Annual report on the working of the mental hospitals in the Madras Presidency - 1912-1932
Year: 1912
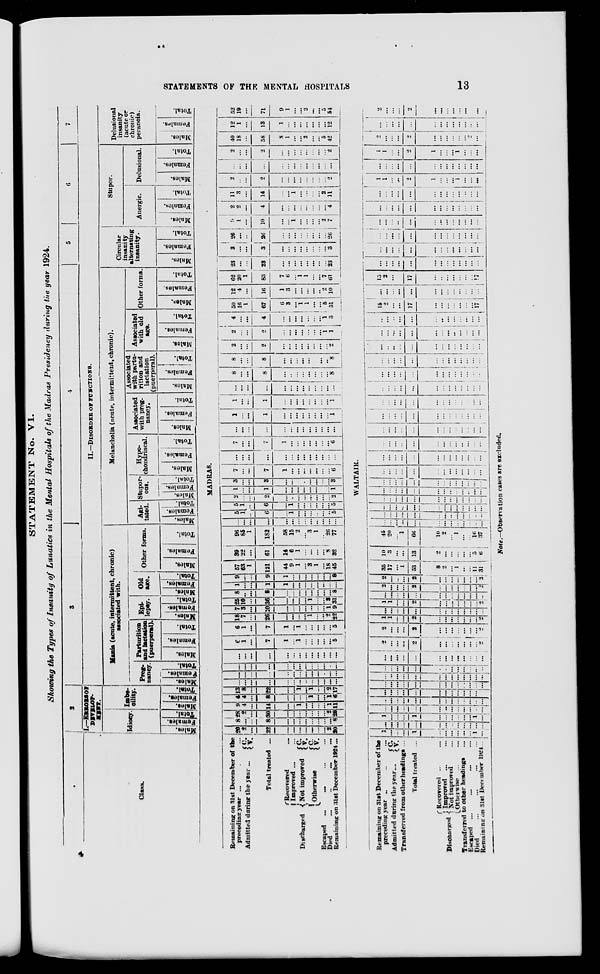
STATEMENTS OF THE MENTAL HOSPITALS
13
STATEMENT No. VI.
Showing the Types of Insanity of Lunatics in the Mental Hospitals of the Madras Presidency during the year 1924.
1
Class.
2
I.—ERRORS OF
DEVELOP-
MENT.
Idiocy.
Males.
Females.
Total.
Imbe-
cility.
Males.
Females.
Total.
3
4
5
6
7
II.—DISORDER OF FUNCTIONS.
Mania (acute, intermittent, chronic)
associated with.
Preg-
nancy.
Males.
Females.
Total.
Parturition
and lactation
(puerperal).
Males.
Females.
Total.
Epi-
lepsy.
Males.
Females.
Total.
Old
age.
Males.
Females.
Total.
Other forms.
Males.
Females.
Total.
Melancholia (acute, intermittent, chronic).
Agi-
tated.
Males.
Females.
Total.
Stupor-
ous.
Males.
Females.
Total.
Hypo-
chondriacal.
Males.
Females.
Total.
Associated
with preg-
nancy.
Males.
Females.
Total.
Associated
with partu-
rition and
lactation
(puerperal).
Males.
Females.
Total.
Associated
with old
age.
Males.
Females.
Total.
Other forms.
Males.
Females.
Total.
Circular
insanity
alternating
insanity.
Males.
Females.
Total.
Stupor.
Anergic.
Males.
Females.
Total.
Delusional.
Males.
Females.
Total.
Delusional
insanity
(acute or
chronic)
peranoia.
Males.
Females.
Total.
MADRAS.
Remaining on 31st December of the
preceding year ...
Admitted during the year ...
C.
V.
Total treated ...
Discharged
Recovered ...
Improved ... ...
Not improved
Otherwise
C.
V.
C.
V.
Escaped ... ... ... ...
Died
...
...
...
...
Remaining on 31st December 1924 ...
20
2
...
22
...
...
...
...
...
...
...
2
20
8
...
...
8
...
...
...
...
...
...
...
...
8
28
2
...
30
...
...
...
...
...
...
...
2
28
9
4
...
14
...
...
1
...
...
...
...
1
11
4
4
...
8
...
...
...
...
1
...
...
1
6
13
8
...
22
...
...
1
...
1
...
...
2
17
...
...
...
...
...
...
...
...
...
...
...
...
...
...
...
...
...
...
...
...
...
...
...
...
...
...
...
...
...
...
...
...
...
...
...
...
...
...
...
...
...
...
...
...
...
...
...
...
...
...
...
...
6
1
...
7
1
...
1
...
...
...
...
...
5
6
1
...
7
1
...
1
...
...
...
...
...
5
18
7
...
26
...
...
...
...
1
...
...
2
22
7
3
...
10
...
...
...
...
...
...
...
1
9
25
10
...
36
...
...
...
...
1
...
...
3
31
8
...
...
8
...
...
...
...
...
...
...
...
8
1
...
...
1
1
...
...
...
...
...
...
...
...
9
...
...
9
1
...
...
...
...
...
...
...
8
57
63
1
121
44
9
1
...
3
1
...
18
45
39
22
...
61
14
6
1
...
...
...
...
8
32
96
85
1
182
58
15
2
...
3
1
...
26
77
...
...
...
...
...
...
...
...
...
...
...
...
...
5
1
...
6
...
1
...
...
...
...
...
...
5
5
1
...
6
...
1
...
...
...
...
...
...
5
2
...
...
2
...
...
...
...
...
...
...
...
2
1
...
...
1
...
...
...
...
...
...
...
...
1
3
...
...
3
...
...
...
...
...
...
...
...
3
7
...
...
7
1
...
...
...
...
... ...
...
6
...
...
...
...
...
...
...
...
...
...
...
...
...
7
...
...
7
1
...
...
...
...
...
...
...
6
...
...
...
...
...
...
...
...
...
...
...
...
...
1
...
...
1
...
...
...
...
...
...
...
...
1
1
...
...
1
...
...
...
...
...
...
...
...
1
...
...
...
...
...
...
...
...
...
...
...
...
...
8
...
...
8
...
...
...
...
...
...
...
...
8
8
...
...
8
...
...
...
...
...
...
...
...
8
2
...
...
2
...
...
...
...
...
...
...
...
2
2
...
...
2
...
...
...
...
...
...
...
1
1
4
...
...
4
...
...
...
...
...
...
...
1
3
50
16
1
67
6
3
...
1
1
...
...
5
51
12
4
...
16
1
3
...
...
...
...
...
2
10
62
20
1
83
7
6
...
1
1
...
...
7
61
23
...
...
23
...
...
...
...
...
...
...
...
23
3
...
...
3
...
...
...
...
...
...
...
...
3
26
...
...
26
...
...
...
...
...
...
...
...
26
9
1
...
10
...
...
1
...
...
...
...
2
7
2
2
...
4
...
...
...
...
...
...
...
...
4
11
3
...
14
...
...
1
...
...
...
...
2
11
2
...
...
2
...
...
...
...
...
...
...
...
2
...
...
...
...
...
...
...
...
...
...
...
...
...
2
...
...
2
...
...
...
...
...
...
...
...
2
40
18
...
58
8
1
...
...
2
...
...
5
42
12
1
...
13
1
...
...
...
...
...
...
...
12
52
19
...
71
9
1
...
...
2
...
...
5
54
WALTAIR.
Remaining on 31st December of the
preceding year ... ... ...
Admitted during the year
... C.
V.
Transferred from other headings ...
Total treated ...
Discharged
Recovered ... ...
Improved ... ...
Not improved ...
Otherwise ... ...
Transferred to other headings ...
Escaped ... ... ... ...
Died
...
...
...
...
Remaining on 31st December 1924...
1
...
...
...
1
...
...
...
...
...
...
1
...
...
...
...
...
...
...
...
...
...
...
...
...
...
1
...
...
...
1
...
...
...
...
...
...
1
...
...
...
...
...
...
...
...
...
...
...
...
...
...
...
...
...
...
...
...
...
...
...
...
...
...
...
...
...
...
...
...
...
...
...
...
...
...
...
...
...
...
...
...
...
...
...
...
...
...
...
...
...
...
...
...
...
...
...
...
...
...
...
...
...
...
...
...
...
...
...
...
...
...
...
...
...
...
...
...
...
...
...
...
...
...
...
...
...
...
...
...
2
...
...
...
2
...
...
...
...
...
...
...
2
2
...
...
...
2
...
...
...
...
...
...
...
2
1
1
...
...
2
...
...
...
...
...
...
...
2
...
...
...
...
...
...
...
...
...
...
...
...
...
1
1
...
...
2
...
...
...
...
...
...
...
2
...
...
...
...
...
...
...
...
...
...
...
...
...
2
...
...
...
2
...
...
...
...
...
...
...
2
2
...
...
...
2
...
...
...
...
...
...
...
2
35
17
...
1
53
8
2
...
1
...
...
11
31
10
3
...
...
13
2
...
...
...
...
...
5
6
45
20
...
1
66
10
2
...
1
...
...
16
37
...
...
...
...
...
...
...
...
...
...
...
...
...
...
...
...
...
...
...
...
...
...
...
...
...
...
...
...
...
...
...
...
...
...
...
...
...
...
...
...
...
...
...
...
...
...
...
...
...
...
...
...
...
...
...
...
...
...
...
...
...
...
...
...
...
...
...
...
...
...
...
...
...
...
...
...
...
...
...
...
...
...
...
...
...
...
...
...
...
...
...
...
...
...
...
...
...
...
...
...
...
...
...
...
...
...
...
...
...
...
...
...
...
...
...
...
...
...
...
...
...
...
...
...
...
...
...
...
...
...
...
...
...
...
...
...
...
...
...
...
...
...
...
...
...
...
...
...
...
...
...
...
...
...
...
...
...
...
...
...
...
...
...
...
...
...
...
...
...
...
...
...
...
...
...
...
...
...
...
...
...
...
...
... ...
...
...
...
...
...
...
...
...
...
...
...
...
...
...
...
...
...
...
...
...
...
...
...
...
...
...
...
...
...
...
...
...
...
...
...
...
...
...
...
...
...
...
...
...
...
...
...
...
...
15
2
...
...
17
...
...
...
...
...
...
...
17
...
...
...
...
...
...
...
...
...
...
...
...
...
15
2
...
...
17
...
..
...
...
...
...
...
17
...
...
...
...
...
...
...
...
...
...
...
...
...
...
... ...
...
...
...
...
...
...
...
...
...
...
...
...
...
...
...
...
...
...
...
...
...
...
...
...
...
...
...
...
...
...
...
...
...
...
...
...
1
1
...
...
2
1
...
...
...
1
...
...
...
...
...
...
...
...
...
...
...
...
...
...
...
...
1
1
...
...
2
1
...
...
...
1
...
...
...
2
...
...
...
2
...
...
...
...
...
...
...
...
...
...
...
...
...
...
...
...
...
...
...
...
...
2
...
...
...
2
...
...
...
...
...
...
...
...
Note.—Observation cases are excluded.